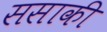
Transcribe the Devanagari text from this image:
ससाकी